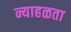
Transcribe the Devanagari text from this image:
न्याहळता